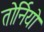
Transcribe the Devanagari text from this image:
तोर्नियो